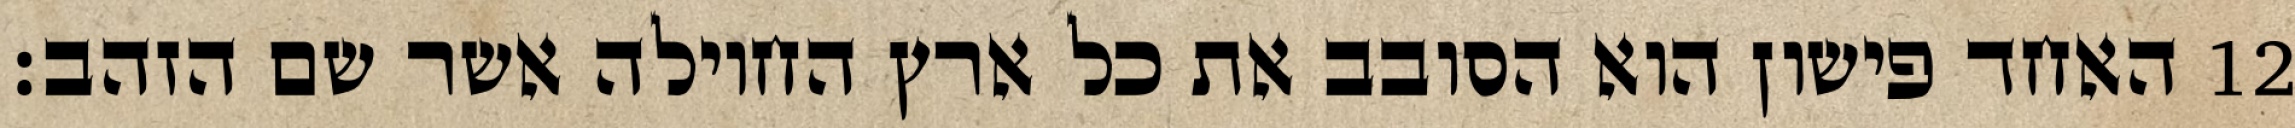
האחד פישון הוא הסובב את כל ארץ החוילה אשר שם הזהב׃ ‎12‏